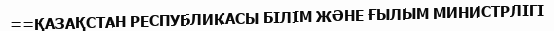
==ҚАЗАҚСТАН РЕСПУБЛИКАСЫ БІЛІМ ЖӘНЕ ҒЫЛЫМ МИНИСТРЛІГІ